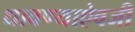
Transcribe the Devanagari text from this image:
धावण्याऐवजी